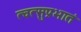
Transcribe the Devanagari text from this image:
त्वत्सुप्रभातं